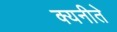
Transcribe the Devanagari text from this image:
क्यनीते